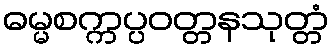
ဓမ္မစက္ကပ္ပဝတ္တနသုတ္တံ